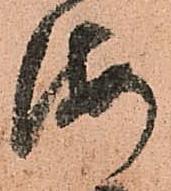
海